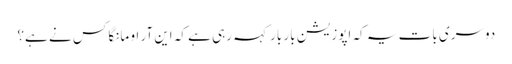
دوسری بات یہ کہ اپوزیشن بار بار کہہ رہی ہے کہ این آر او مانگا کس نے ہے؟